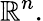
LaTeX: \mathbb{R}^{n}.